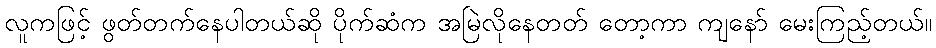
လူကဖြင့် ဖွတ်တက်နေပါတယ်ဆို ပိုက်ဆံက အမြဲလိုနေတတ် တော့ကာ ကျနော် မေးကြည့်တယ်။